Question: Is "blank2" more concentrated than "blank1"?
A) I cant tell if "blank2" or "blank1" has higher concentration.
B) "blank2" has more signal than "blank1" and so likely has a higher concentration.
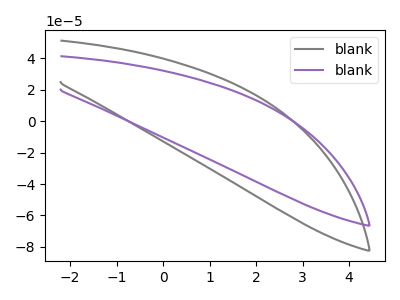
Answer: <think>The gray curve "blank1" has no peaks. The purple curve "blank2" has no peaks.
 Neither "blank2" or "blank1" have any peaks.</think>
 <answer>A) I cant tell if "blank2" or "blank1" has higher concentration.</answer>
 <eval>A</eval>